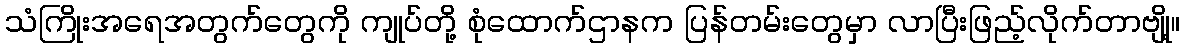
သံကြိုးအရေအတွက်တွေကို ကျုပ်တို့ စုံထောက်ဌာနက ပြန်တမ်းတွေမှာ လာပြီးဖြည့်လိုက်တာဗျို့။